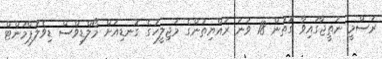
ރަސްމީ ނަތީޖާގައިވާ ގޮތުން 18 ވަނަ ރައްޔިތުންގެ މަޖިލީހުގެ ގޮނޑިއަށް މޯލްޑިވްސް ޑިވެލޮޕްމަންޓް